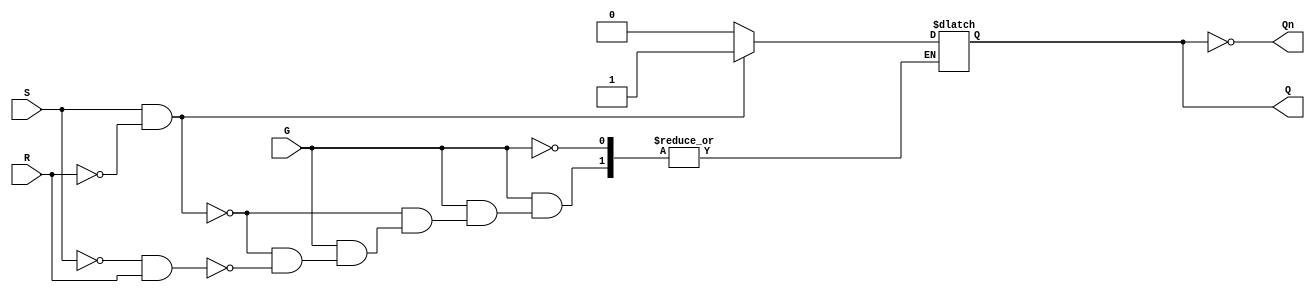
module gated_sr_latch (
    input wire S,    // Set input
    input wire R,    // Reset input
    input wire G,    // Gate input
    output reg Q,    // Output
    output wire Qn   // Complement of output
);
    
    assign Qn = ~Q;  // Q' output

    always @(G or S or R) begin
        if (G) begin
            if (S && !R) begin
                Q = 1'b1;  // Set state
            end else if (!S && R) begin
                Q = 1'b0;  // Reset state
            end 
            // Else case (S = 1, R = 1) is intentionally left out to avoid indeterminate state
            // Keep the current state if G is high and both S and R are high
        end
        // If G is low, retain the current state of Q
    end

endmodule